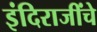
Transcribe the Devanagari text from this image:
इंदिराजींचे